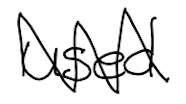
Text: used
Cross-out: zig-zag
Writing tool: digital_black